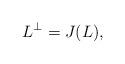
LaTeX: \begin{align*}L^\perp=J(L),\end{align*}